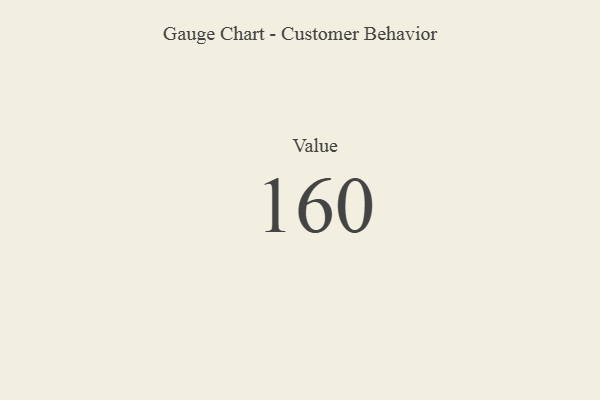
{"axis": {"x": "Metric", "y": "Value"}, "legend": [""], "data": [{"x": "Value", "y": 160, "type": ""}]}